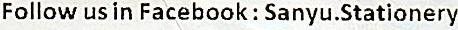
FOLLOW US IN FACEBOOK : SANYU.STATIONERY